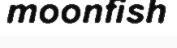
moonfish